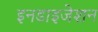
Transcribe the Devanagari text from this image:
इनडाइजेशन